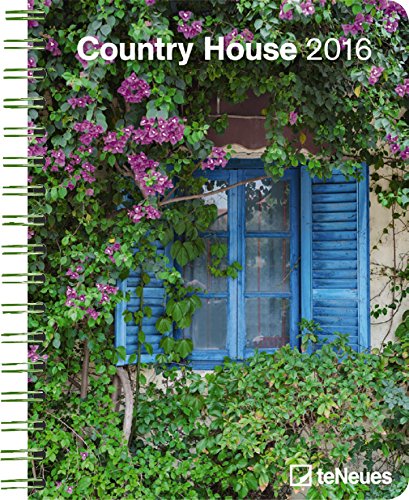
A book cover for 2016 Country House Deluxe Engagement Calendar; teNeues Publishing; Calendars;